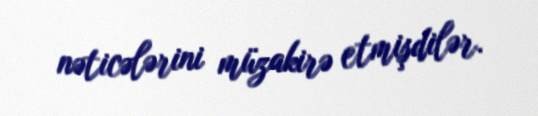
nəticələrini müzakirə etmişdilər.